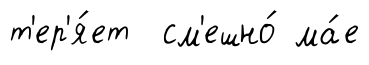
т'ер'я́ет см'ешно́ ма́е